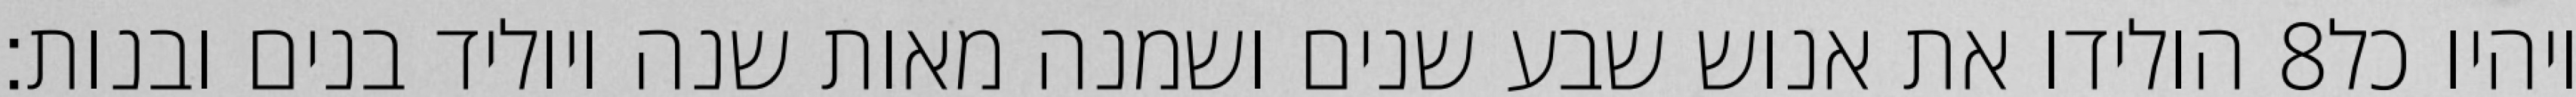
הולידו את אנוש שבע שנים ושמנה מאות שנה ויוליד בנים ובנות׃ ‎8‏ ויהיו כל